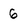
Character: 6